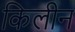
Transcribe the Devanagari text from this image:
किलीन